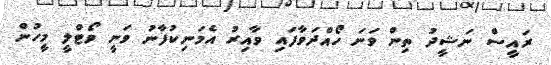
ރައީސް ނަޝީދު ތިން ވަނަ ހޯއްދަވާފައި ވާއިރު އެމަނިކުފާނު ވަނީ ވޯޓްލީ މީހުން